Proceedings of the meeting of veterinary officers in India
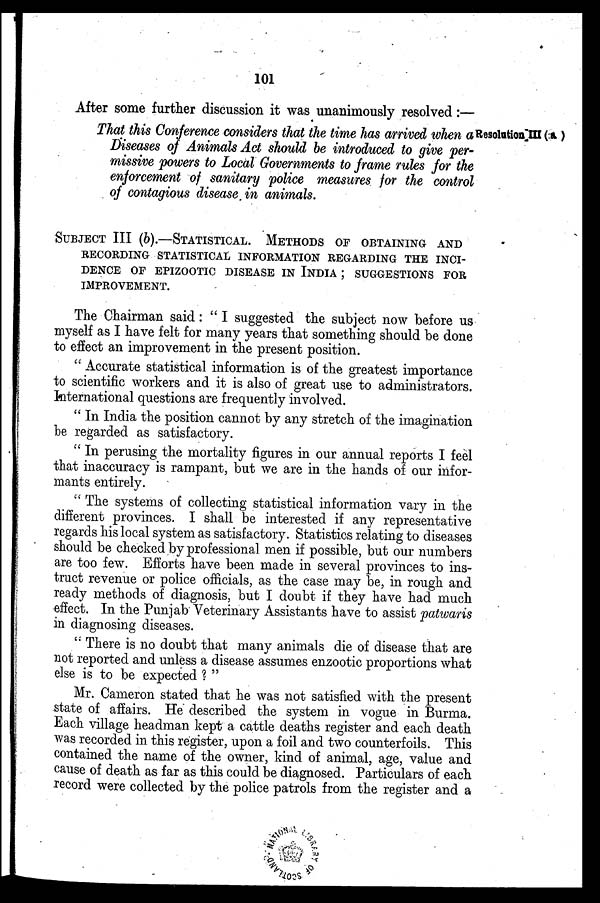
101
After some further discussion it was unanimously resolved:—
Resolution III (a)
That this Conference considers that the time has arrived when a
Diseases of Animals Act should be introduced to give per-
missive powers to Local Governments to frame rules for the
enforcement of sanitary police measures for the control
of contagious disease in animals.
SUBJECT III (b).-STATISTICAL. METHODS OF OBTAINING AND
RECORDING STATISTICAL INFORMATION REGARDING THE INCI-
DENCE OF EPIZOOTIC DISEASE IN INDIA ; SUGGESTIONS FOR
IMPROVEMENT.
The Chairman said: " I suggested the subject now before us
myself as I have felt for many years that something should be done
to effect an improvement in the present position.
" Accurate statistical information is of the greatest importance
to scientific workers and it is also of great use to administrators.
International questions are frequently involved.
" In India the position cannot by any stretch of the imagination
be regarded as satisfactory.
" In perusing the mortality figures in our annual reports I feel
that inaccuracy is rampant, but we are in the hands of our infor-
mants entirely.
" The systems of collecting statistical information vary in the
different provinces. I shall be interested if any representative
regards his local system as satisfactory. Statistics relating to diseases
should be checked by professional men if possible, but our numbers
are too few. Efforts have been made in several provinces to ins-
truct revenue or police officials, as the case may be, in rough and
ready methods of diagnosis, but I doubt if they have had much
effect. In the Punjab Veterinary Assistants have to assist patwaris
in diagnosing diseases.
"There is no doubt that many animals die of disease that are
not reported and unless a disease assumes enzootic proportions what
else is to be expected ? "
Mr. Cameron stated that he was not satisfied with the present
state of affairs. He described the system in vogue in Burma.
Each village headman kept a cattle deaths register and each death
was recorded in this register, upon a foil and two counterfoils. This
contained the name of the owner, kind of animal, age, value and
cause of death as far as this could be diagnosed. Particulars of each
record were collected by the police patrols from the register and a